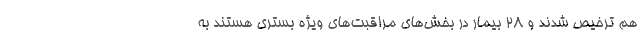
هم ترخیص شدند و ۲۸ بیمار در بخش‌های مراقبت‌های ویژه بستری هستند به